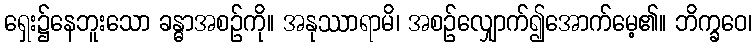
ရှေး၌နေဘူးသော ခန္ဓာအစဉ်ကို။ အနုဿာရာမိ၊ အစဉ်လျှောက်၍အောက်မေ့၏။ ဘိက္ခဝေ၊